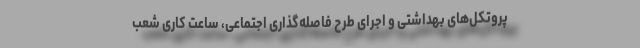
پروتکل‌های بهداشتی و اجرای طرح فاصله‌گذاری اجتماعی، ساعت کاری شعب